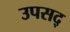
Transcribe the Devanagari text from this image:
उपसद्